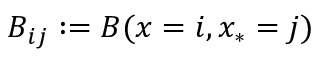
B _ { i j } : = B ( x = i , x _ { * } = j )